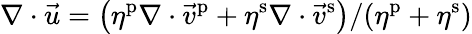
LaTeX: \nabla\cdot\vec{u}=\left(\eta^{\mathrm{p}}\nabla\cdot\vec{v}^{\mathrm{p}}+\eta^{\mathrm{s}}\nabla\cdot\vec{v}^{\mathrm{s}}\right)/(\eta^{\mathrm{p}}+\eta^{\mathrm{s}})